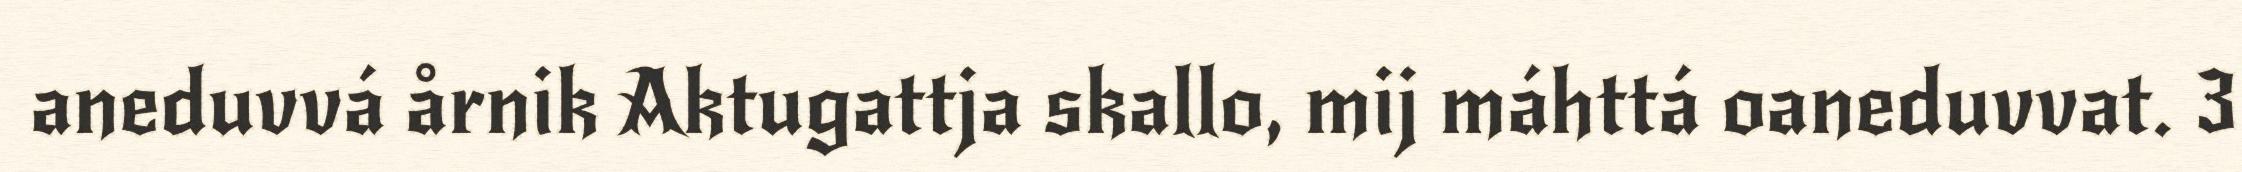
aneduvvá årnik Aktugattja skallo, mij máhttá oaneduvvat. 3